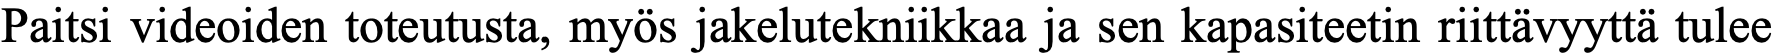
Paitsi videoiden toteutusta, myös jakelutekniikkaa ja sen kapasiteetin riittävyyttä tulee